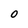
Character: O